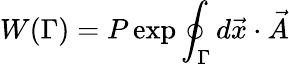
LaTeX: W(\Gamma)=P\exp\oint_{\Gamma}d\vec{x}\cdot\vec{A}